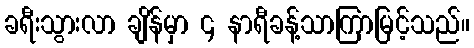
ခရီးသွားလာ ချိန်မှာ ၄ နာရီခန့်သာကြာမြင့်သည်။